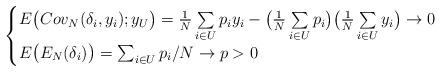
LaTeX: \begin{align*}\begin{cases} E\big(Cov_N(\delta_i, y_i) ; y_U\big) = \frac{1}{N} \sum\limits_{i\in U} p_i y_i - \big( \frac{1}{N} \sum\limits_{i\in U} p_i \big) \big( \frac{1}{N} \sum\limits_{i\in U} y_i \big) \rightarrow 0 \\E\big( E_N(\delta_i) \big) = \sum_{i\in U} p_i/N \rightarrow p > 0 \end{cases}\end{align*}